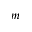
m